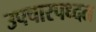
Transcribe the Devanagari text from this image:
उपचारपध्दत